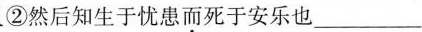
②然后知生于忧患而死于安乐也___